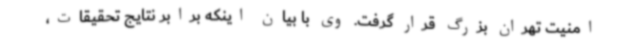
امنیت تهران بزرگ قرار گرفت. وی با بیان اینکه برابر نتایج تحقیقات،